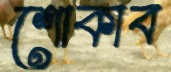
শোকাব